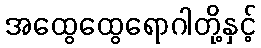
အထွေထွေရောဂါတို့နှင့်